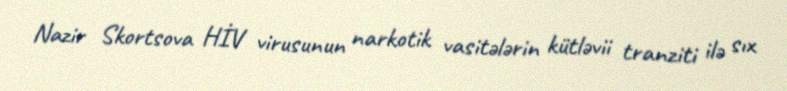
Nazir Skortsova HİV virusunun narkotik vasitələrin kütləvii tranziti ilə sıx